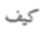
كیف